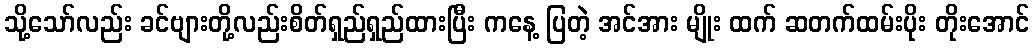
သို့သော်လည်း ခင်ဗျားတို့လည်းစိတ်ရှည်ရှည်ထားပြီး ကနေ့ ပြတဲ့ အင်အား မျိုး ထက် ဆတက်ထမ်းပိုး တိုးအောင်